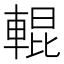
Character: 輥